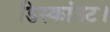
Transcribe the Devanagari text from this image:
डिस्कांउट।